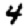
Digit: 4